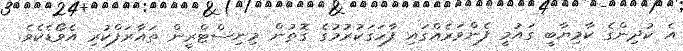
އެ ކުދިންގެ ކާމިޔާބީ ގައުމީ ފެންވަރެއްގައި ފާހަގަކުރުމުގެ ގޮތުން މިނިސްޓްރީން ތައާރަފްކުރި އެވޯޑެކެވެ.